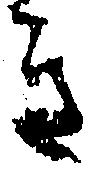
き